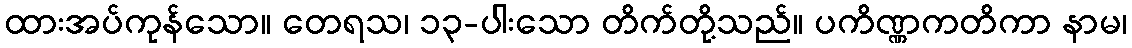
ထားအပ်ကုန်သော။ တေရသ၊ ၁၃-ပါးသော တိက်တို့သည်။ ပကိဏ္ဏကတိကာ နာမ၊